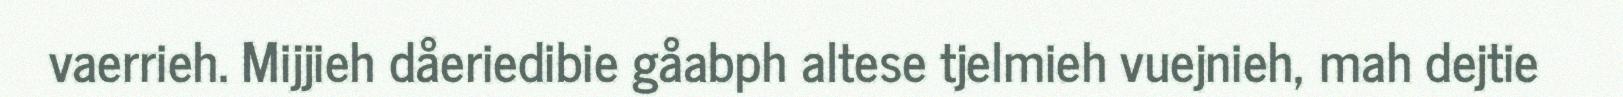
vaerrieh. Mijjieh dåeriedibie gåabph altese tjelmieh vuejnieh, mah dejtie